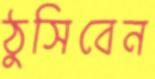
ঠুসিবেন